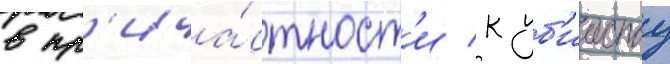
в пр'ича́стност'и к уб'ииству